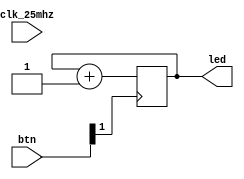
module top (
    input clk_25mhz,
    output [3:0] led,
    input [6:0] btn
);
    reg [3:0] cnt = 0;

    always @(posedge btn[1]) 
    begin
        cnt <= cnt + 1;
    end

    assign led = cnt;
endmodule